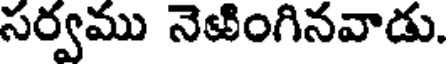
సర్వము నెఱింగినవాడు.